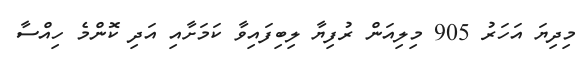
މިދިޔަ އަހަރު 905 މިލިއަން ރުފިޔާ ލިބިފައިވާ ކަމަށާއި އަދި ކޮންމެ ހިއްސާ